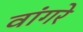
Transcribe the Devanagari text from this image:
वांगरे